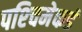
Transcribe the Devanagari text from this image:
पश्‍चिमेकडं